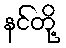
နင်တို့